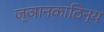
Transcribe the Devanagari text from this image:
ज्ञानकाठिन्य